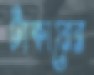
টাকারের